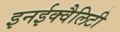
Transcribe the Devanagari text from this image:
इनईक्वैलिटी